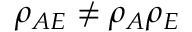
\rho _ { A E } \neq \rho _ { A } \rho _ { E }